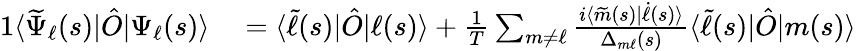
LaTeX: \begin{array}{rl}{{1}\langle\widetilde{\Psi}_{\ell}(s)|\hat{O}|\Psi_{\ell}(s)\rangle}&{{}=\langle\widetilde{\ell}(s)|\hat{O}|\ell(s)\rangle+\frac{1}{T}\sum_{m\neq\ell}\frac{i\langle\widetilde{m}(s)|\dot{\ell}(s)\rangle}{\Delta_{m\ell}(s)}\langle\widetilde{\ell}(s)|\hat{O}|m(s)\rangle}\end{array}